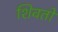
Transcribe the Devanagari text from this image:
शिवतो